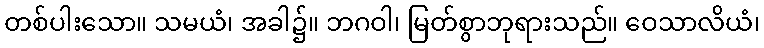
တစ်ပါးသော။ သမယံ၊ အခါ၌။ ဘဂဝါ၊ မြတ်စွာဘုရားသည်။ ဝေသာလိယံ၊